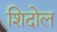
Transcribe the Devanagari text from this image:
शिदोल